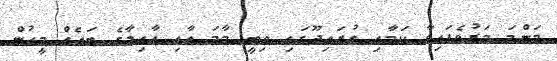
މަންމަ މަރުވެފައިވާ ކަމާއި ގުރައިދޫގައި ތިބީ މާމަ އާއި އާއިލާގެ ބައެއް މީހުން